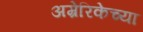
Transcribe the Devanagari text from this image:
अम्रेरिकेच्या